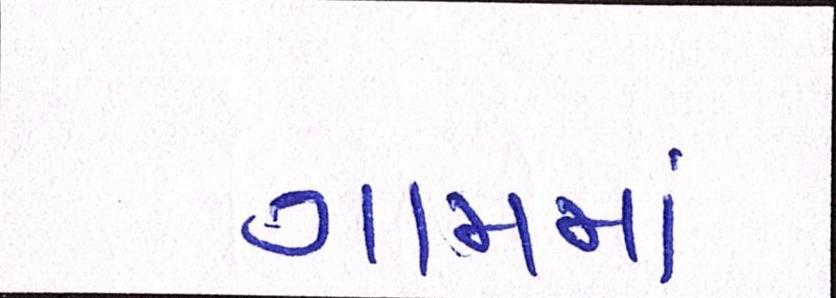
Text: ગામમા